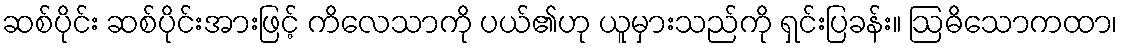
ဆစ်ပိုင်း ဆစ်ပိုင်းအားဖြင့် ကိလေသာကို ပယ်၏ဟု ယူမှားသည်ကို ရှင်းပြခန်း။ ဩဓိသောကထာ၊